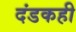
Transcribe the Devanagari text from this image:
दंडकही